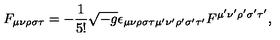
F _ { \mu \nu \rho \sigma \tau } = - \frac { 1 } { 5 ! } \sqrt { - g } \epsilon _ { \mu \nu \rho \sigma \tau \mu ^ { \prime } \nu ^ { \prime } \rho ^ { \prime } \sigma ^ { \prime } \tau ^ { \prime } } F ^ { \mu ^ { \prime } \nu ^ { \prime } \rho ^ { \prime } \sigma ^ { \prime } \tau ^ { \prime } } ,